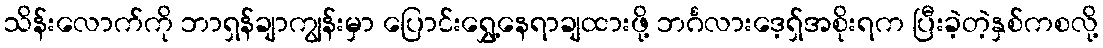
သိန်းလောက်ကို ဘာရှန်ချာကျွန်းမှာ ပြောင်းရွှေ့နေရာချထားဖို့ ဘင်္ဂလားဒေ့ရှ်အစိုးရက ပြီးခဲ့တဲ့နှစ်ကစလို့